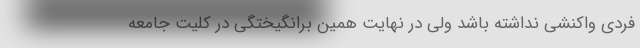
فردی واکنشی نداشته باشد ولی در نهایت همین برانگیختگی در کلیت جامعه